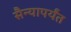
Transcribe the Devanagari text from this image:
सैन्यापर्यंत